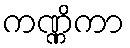
ကဏ္ဏိကာ